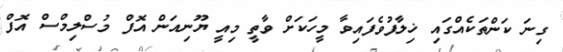
ގިނަ ކަންތަކެއްގައި ޚިލާފުވެފައިވާ މީހަކަށް ވާތީ މިއީ ޔޫނިއަން އޮފް މުސްލިމްސް އޮފް